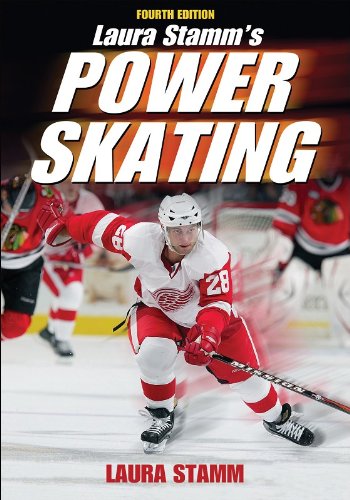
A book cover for Laura Stamm's Power Skating - 4th Edition; Laura Stamm; Sports & Outdoors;